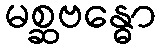
မစ္ဆဗန္ဓော